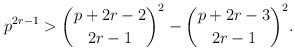
LaTeX: \begin{align*}p^{2r-1}>\binom{p+2r-2}{2r-1}^2-\binom{p+2r-3}{2r-1}^2.\end{align*}